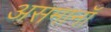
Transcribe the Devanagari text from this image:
असमानॉ